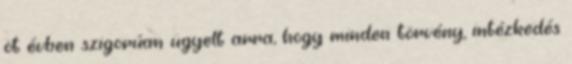
öt évben szigorúan ügyelt arra, hogy minden törvény, intézkedés